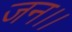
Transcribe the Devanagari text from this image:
जन।।